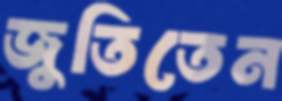
জুতিতেন